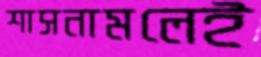
শাসনামলেই